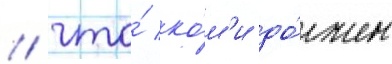
/ что́ ко́м'и до́лжен